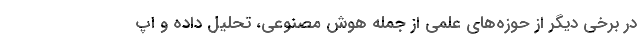
در برخی دیگر از حوزه‌های علمی از جمله هوش مصنوعی، تحلیل داده و اپ